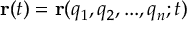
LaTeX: \mathbf { r } ( t ) = \mathbf { r } ( q _ { 1 } , q _ { 2 } , . . . , q _ { n } ; t )